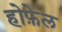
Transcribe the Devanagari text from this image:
होफ़ेल